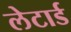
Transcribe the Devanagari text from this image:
लेटार्ड